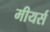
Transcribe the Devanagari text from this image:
मीयर्स